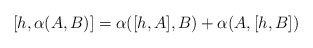
\begin{align*}[h,\alpha(A,B)]=\alpha([h,A],B)+\alpha(A,[h,B])\end{align*}